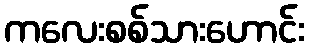
ကလေးစစ်သားဟောင်း